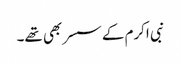
نبی اکرم کے سسر بھی تھے۔